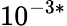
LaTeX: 10^{-3*}